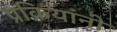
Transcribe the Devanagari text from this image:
प्रक्रियांनी